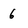
Character: 6